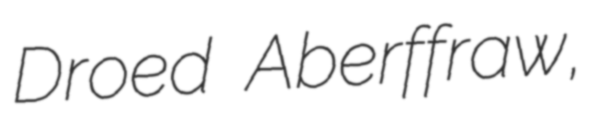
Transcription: Droed  Aberffraw,